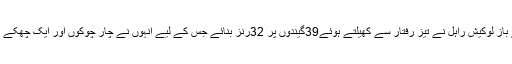
افتتاحی بلے باز لوکیش راہل نے تیز رفتار سے کھیلتے ہوئے39گیندوں پر 32رنز بنائے جس کے لیے انہوں نے چار چوکوں اور ایک چھکے کا سہارا لیا۔